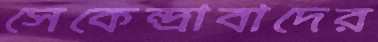
সেকেন্দ্রাবাদের